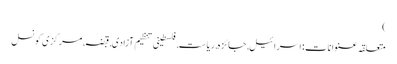
)
متعلقہ عنوانات‬:اسرائیل, جائزہ, ریاست, فلسطینی تنظیم آزادی, قبضہ, مرکزی کونسل